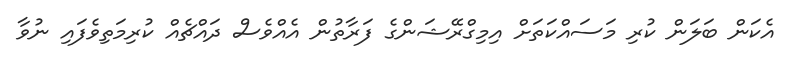
އެކަން ބަލަން ކުރި މަސައްކަތަށް އިމިގްރޭޝަންގެ ފަރާތުން އެއްވެސް ދައްޗެއް ކުރިމަތިވެފައި ނުވާ